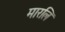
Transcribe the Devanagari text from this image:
मारलि